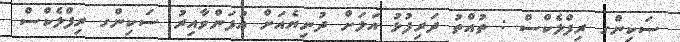
ސަކިންގ ރިފްލެކްސް : ތުއްތު ދަރިފުޅު އަލަށް ދުނިޔެއަށް އުފަންވާއިރު ސަކިންގ ރިފްލެކްސް